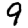
Digit: 9